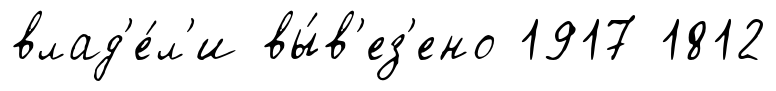
влад'е́л'и вы́в'ез'ено 1917 1812